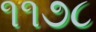
૧૧૭૮